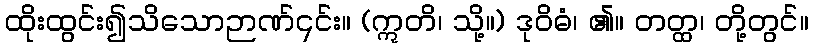
ထိုးထွင်း၍သိသောဉာဏ်၎င်း။ (ဣတိ၊ သို့။) ဒုဝိဓံ၊ ၏။ တတ္ထ၊ တို့တွင်။